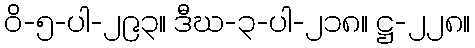
ဝိ-၅-ပါ-၂၉၃။ ဒီဃ-၃-ပါ-၂၁၈။ ဋ္ဌ-၂၂၈။